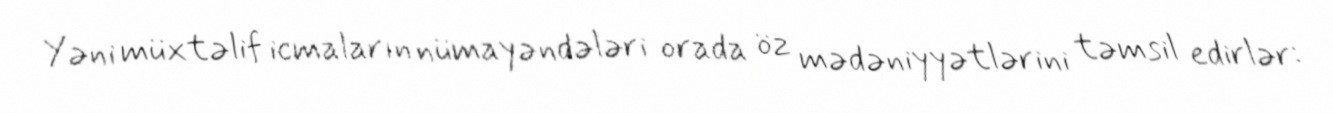
Yəni müxtəlif icmaların nümayəndələri orada öz mədəniyyətlərini təmsil edirlər: